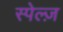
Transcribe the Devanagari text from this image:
स्पेल्ज़